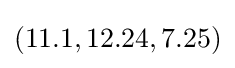
(11.1,12.24,7.25)